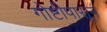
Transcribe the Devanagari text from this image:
गोष्टीपासून